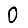
Digit: 0